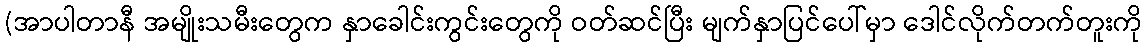
(အာပါတာနီ အမျိုးသမီးတွေက နှာခေါင်းကွင်းတွေကို ဝတ်ဆင်ပြီး မျက်နှာပြင်ပေါ်မှာ ဒေါင်လိုက်တက်တူးကို